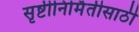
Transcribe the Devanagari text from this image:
सृष्टीनिर्मितीसाठी